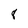
Character: 8